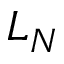
L _ { N }